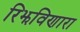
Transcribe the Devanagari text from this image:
रिझविणारा